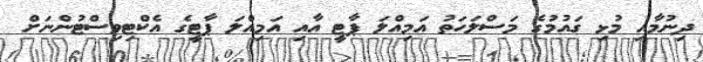
ދިނުމާއި މުޅި ގައުމުގެ މަސްލަހަތު އަމިއްލަ ޕާޓީ އާއި އަމިއްލަ ޕާޓީގެ އެކްޓިވިސްޓުންނަށް